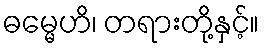
ဓမ္မေဟိ၊ တရားတို့နှင့်။